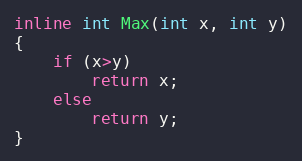
Language: C++
inline int Max(int x, int y)
{
	if (x>y)
		return x;
	else
		return y;
}